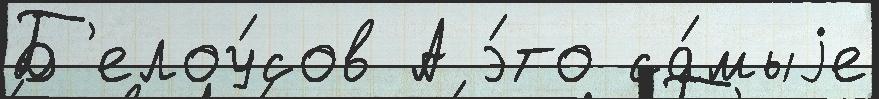
Б'елоу́сов А э́то са́мыjе